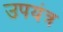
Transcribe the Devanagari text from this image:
उपयंत्र